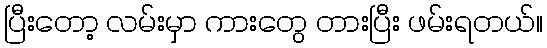
ပြီးတော့ လမ်းမှာ ကားတွေ တားပြီး ဖမ်းရတယ်။